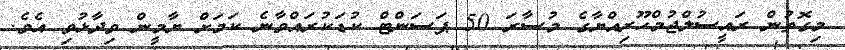
މިގޮތުން ރައީސުލްޖުމްހޫރިއްޔާގެ މުސާރަ 50 ޕަސަންޓް ކުޑަކުރައްވާނެ ކަމަށް ޔާމީން ވިދާޅުވި އެވެ.